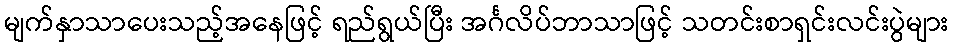
မျက်နှာသာပေးသည့်အနေဖြင့် ရည်ရွယ်ပြီး အင်္ဂလိပ်ဘာသာဖြင့် သတင်းစာရှင်းလင်းပွဲများ